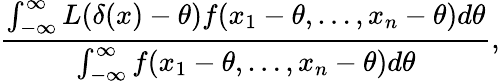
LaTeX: {\frac{\int_{-\infty}^{\infty}L(\delta(x)-\theta)f(x_{1}-\theta,\dots,x_{n}-\theta)d\theta}{\int_{-\infty}^{\infty}f(x_{1}-\theta,\dots,x_{n}-\theta)d\theta}},